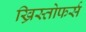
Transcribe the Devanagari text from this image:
ख्रिस्तोफर्स